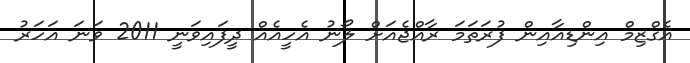
އެގްޒިމް އިންޑިއާއިން ފުރަތަމަ ރާއްޖެއަށް ލޯނު އެހީއެއް ދީފައިވަނީ 2011 ވަނަ އަހަރު